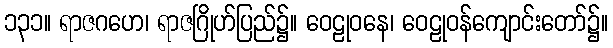
၁၃၁။ ရာဇဂဟေ၊ ရာဇဂြိုဟ်ပြည်၌။ ဝေဠုဝနေ၊ ဝေဠုဝန်ကျောင်းတော်၌။